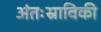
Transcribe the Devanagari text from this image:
अंतःस्राविकी